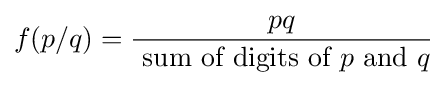
f(p/q)={\frac {pq}{{\text{  sum of digits of }}p{\text{ and }}q}}